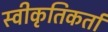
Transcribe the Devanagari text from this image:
स्वीकृतिकर्ता